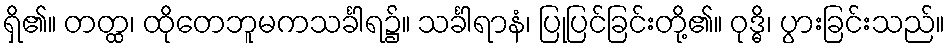
ရှိ၏။ တတ္ထ၊ ထိုတေဘူမကသင်္ခါရ၌။ သင်္ခါရာနံ၊ ပြုပြင်ခြင်းတို့၏။ ဝုဒ္ဓိ၊ ပွားခြင်းသည်။